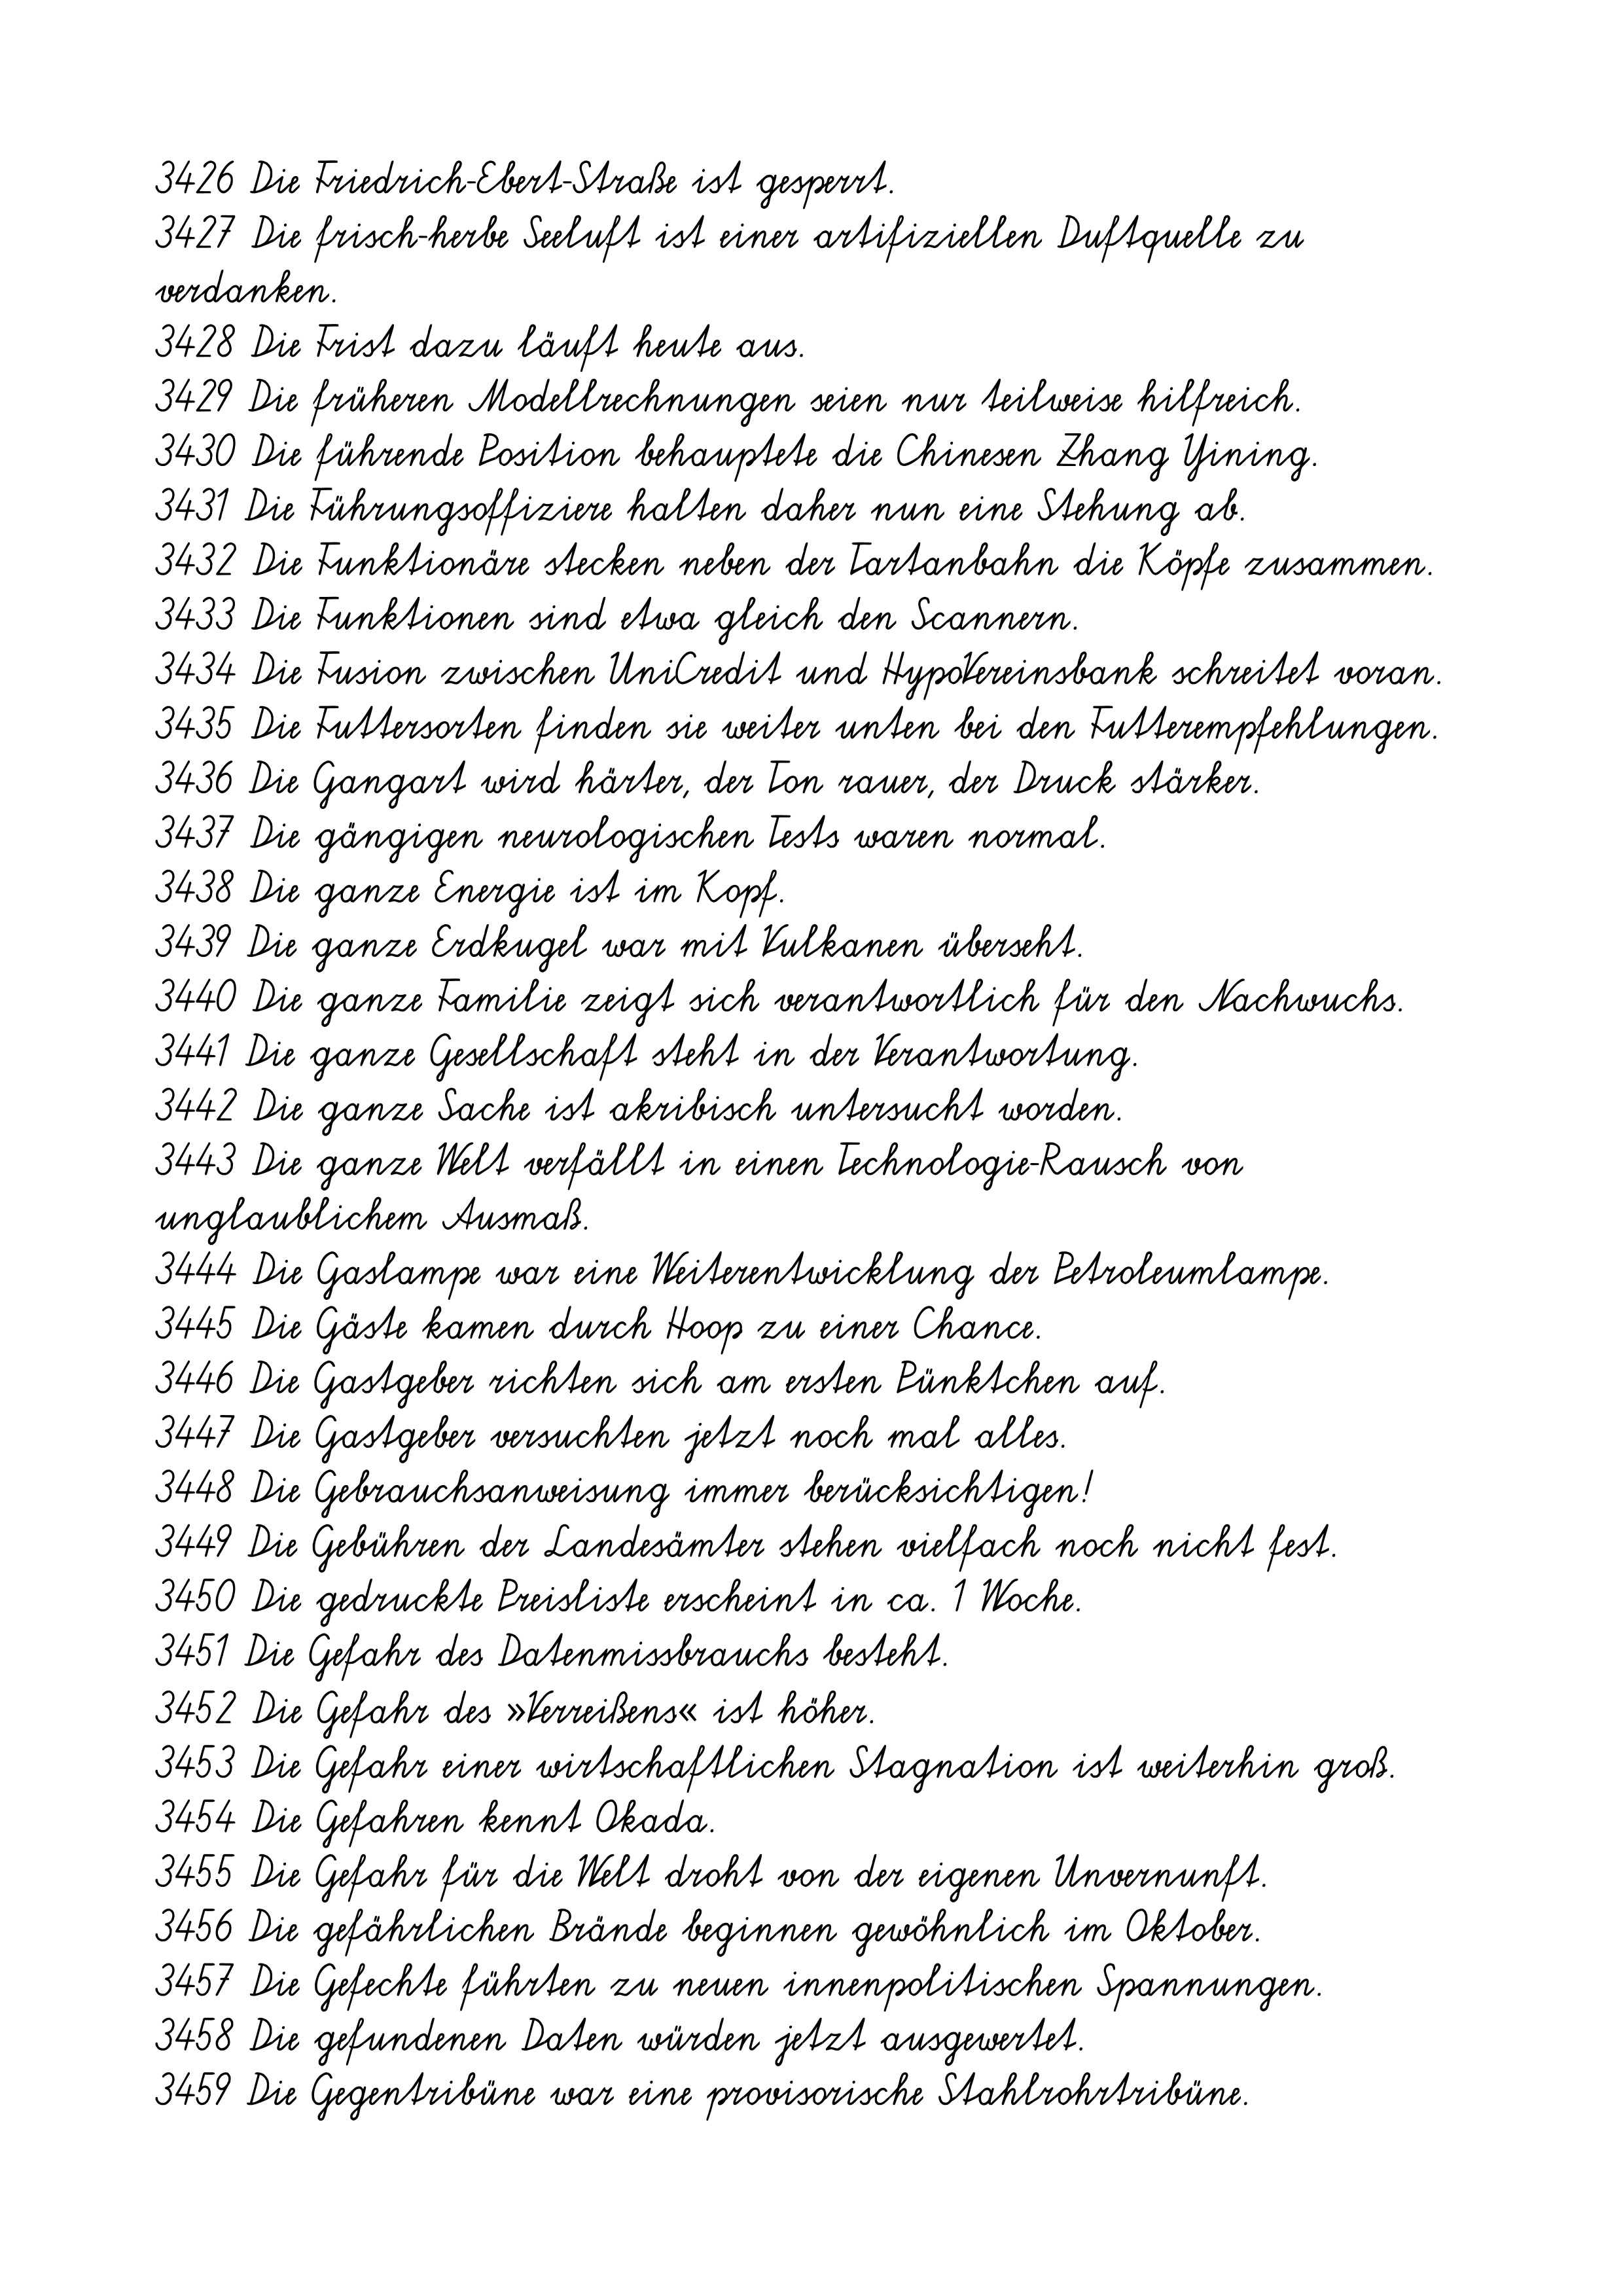
3426 Die Friedrich-Ebert-Straße ist gesperrt.
3427 Die frisch-herbe Seeluft ist einer artifiziellen Duftquelle zu
verdanken.
3428 Die Frist dazu läuft heute aus.
3429 Die früheren Modellrechnungen seien nur teilweise hilfreich.
3430 Die führende Position behauptete die Chinesen Zhang Yining.
3431 Die Führungsoffiziere halten daher nun eine Stehung ab.
3432 Die Funktionäre stecken neben der Tartanbahn die Köpfe zusammen.
3433 Die Funktionen sind etwa gleich den Scannern.
3434 Die Fusion zwischen UniCredit und HypoVereinsbank schreitet voran.
3435 Die Futtersorten finden sie weiter unten bei den Futterempfehlungen.
3436 Die Gangart wird härter, der Ton rauer, der Druck stärker.
3437 Die gängigen neurologischen Tests waren normal.
3438 Die ganze Energie ist im Kopf.
3439 Die ganze Erdkugel war mit Vulkanen überseht.
3440 Die ganze Familie zeigt sich verantwortlich für den Nachwuchs.
3441 Die ganze Gesellschaft steht in der Verantwortung.
3442 Die ganze Sache ist akribisch untersucht worden.
3443 Die ganze Welt verfällt in einen Technologie-Rausch von
unglaublichem Ausmaß.
3444 Die Gaslampe war eine Weiterentwicklung der Petroleumlampe.
3445 Die Gäste kamen durch Hoop zu einer Chance.
3446 Die Gastgeber richten sich am ersten Pünktchen auf.
3447 Die Gastgeber versuchten jetzt noch mal alles.
3448 Die Gebrauchsanweisung immer berücksichtigen!
3449 Die Gebühren der Landesämter stehen vielfach noch nicht fest.
3450 Die gedruckte Preisliste erscheint in ca. 1 Woche.
3451 Die Gefahr des Datenmissbrauchs besteht.
3452 Die Gefahr des »Verreißens« ist höher.
3453 Die Gefahr einer wirtschaftlichen Stagnation ist weiterhin groß.
3454 Die Gefahren kennt Okada.
3455 Die Gefahr für die Welt droht von der eigenen Unvernunft.
3456 Die gefährlichen Brände beginnen gewöhnlich im Oktober.
3457 Die Gefechte führten zu neuen innenpolitischen Spannungen.
3458 Die gefundenen Daten würden jetzt ausgewertet.
3459 Die Gegentribüne war eine provisorische Stahlrohrtribüne.